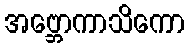
အဗ္ဘောကာသိကော